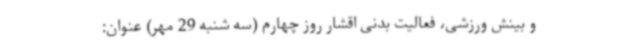
و بینش ورزشی، فعالیت بدنی اقشار روز چهارم (سه شنبه 29 مهر) عنوان: